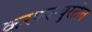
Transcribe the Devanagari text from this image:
करण्यापुरतेच